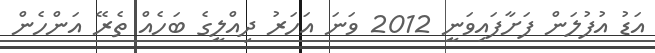
އަޑު އުފުލަން ފަށާފައިވަނީ 2012 ވަނަ އަހަރު ދިއްލީގެ ބަހެއް ތެރޭ އަންހެން